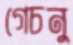
গেচনু